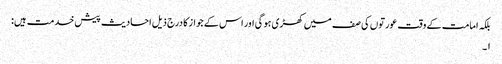
بلکہ امامت کے وقت عورتوں کی صف میں کھڑی ہو گی اور اس کے جواز کا درج ذیل احادیث پیش خدمت ہیں:
۱۔